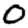
Digit: 0